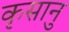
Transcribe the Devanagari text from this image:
कृसानु